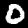
Label: 0